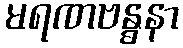
မရဏဗန္ဓနာ